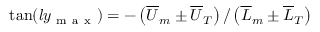
\tan ( l y _ { \mathrm { ~ m ~ a ~ x ~ } } ) = - \left( { \overline { { U } } _ { m } } \pm { \overline { { U } } _ { T } } \right) / \left( { \overline { { L } } _ { m } } \pm { \overline { { L } } _ { T } } \right)